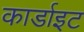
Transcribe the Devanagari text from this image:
कार्डाइट